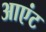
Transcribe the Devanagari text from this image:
आएंट